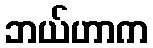
ဘယ်ဟာက